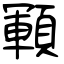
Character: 顐